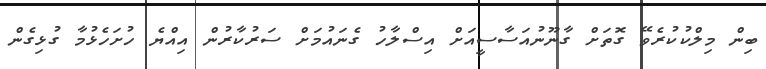
ބިން މިލްކުކުރެވޭ ގޮތަށް ގާނޫނުއަސާސީއަށް އިސްލާހު ގެނައުމަށް ސަރުކާރުން އިއްޔެ ހުށަހެޅުމާ ގުޅިގެން